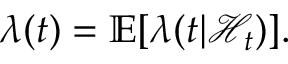
\lambda ( t ) = \mathbb { E } [ \lambda ( t | \mathcal { H } _ { t } ) ] .